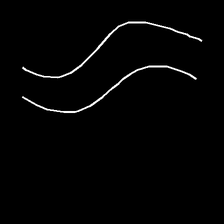
Glyph: float